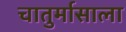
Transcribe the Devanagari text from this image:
चातुर्मासाला